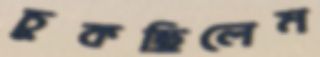
চুকছিলেম